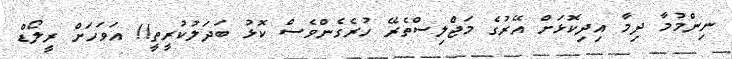
ނިންމުމާ ދިމާ އިދިކޮޅަށް އޭރުގެ މަޖްލިސްތެރޭ ހުރެގެންވެސް ކޮޅު ބަދަލުކުރީތީ!! އަވަހަށް ރީލޯޑް